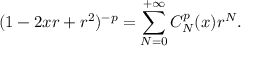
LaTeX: ( 1 - 2 x r + r ^ { 2 } ) ^ { - p } = \sum _ { N = 0 } ^ { + \infty } C _ { N } ^ { p } ( x ) r ^ { N } .